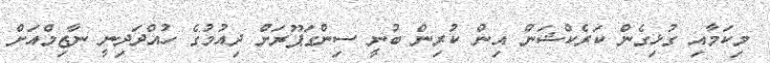
މިކަމާއި ގުޅިގެން ކަރެކްޝަން އިން ކުރިން ބުނީ ސިންގަޕޫރަށް ދިއުމުގެ ހުއްދަދިނީ ނާޒިމްއަށް